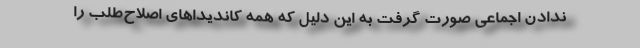
ندادن اجماعی صورت گرفت به این دلیل که همه کاندیداهای اصلاح‌طلب را